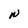
Character: N